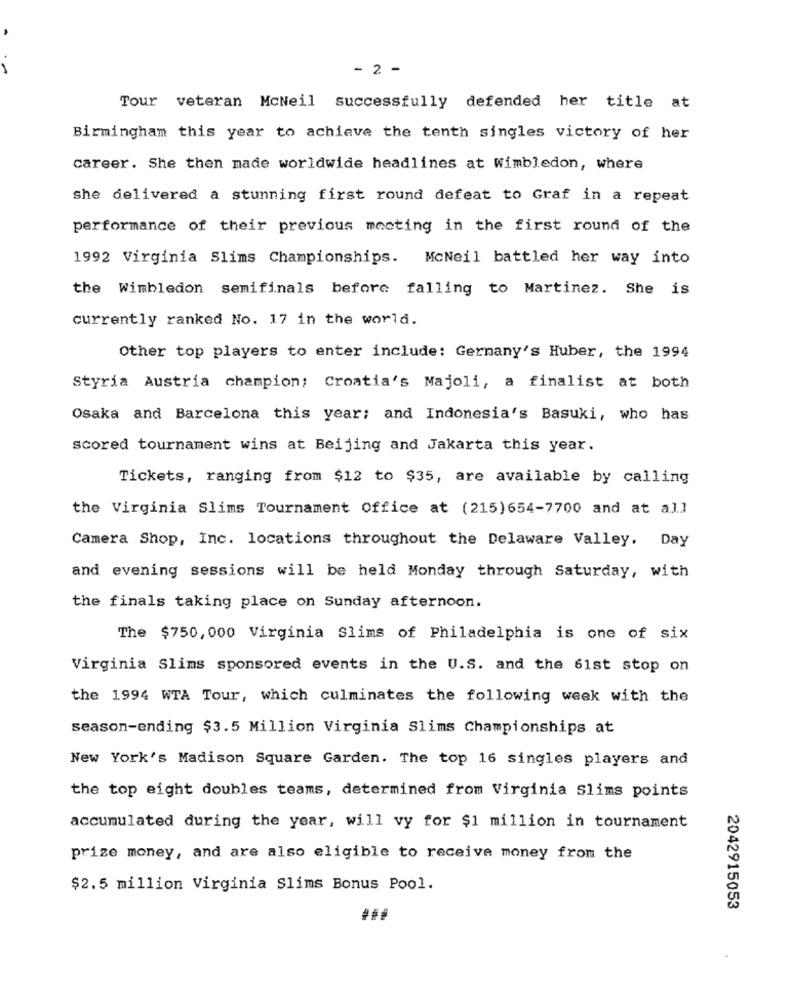
- 2 -
Tour veteran McNeil successfully defended her title at
Birmingham this year to achieve the tenth singles victory of her
career. She then made worldwide headlines at Wimbledon, where
she delivered a stunning first round defeat to Graf in a repeat
performance of their previous meeting in the first round of the
1992 Virginia Slims Championships. McNeil battled her way into
the Wimbledon semifinals before falling to Martinez. She is
currently ranked No. 17 in the world.
Other top players to enter include: Germany's Huber, the 1994
Styria Austria champion: Croatia's Majoli, a finalist at both
Osaka and Barcelona this year; and Indonesia's Basuki, who has
scored tournament wins at Beijing and Jakarta this year.
Tickets, ranging from $12 to $35, are available by calling
the Virginia Slims Tournament Office at (215)654-7700 and at all
Camera Shop, Inc. locations throughout the Delaware Valley. Day
and evening sessions will be held Monday through Saturday, with
the finals taking place on Sunday afternoon.
The $750, 000 Virginia Slims of Philadelphia is one of six
Virginia Slims sponsored events in the U.S. and the 61st stop on
the 1994 WTA Tour, which culminates the following week with the
season-ending $3.5 Million Virginia Slims Championships at
New York's Madison Square Garden. The top 16 singles players and
the top eight doubles teams, determined from Virginia Slims points
accumulated during the year, will vy for $1 million in tournament
prize money, and are also eligible to receive money from the
$2.5 million Virginia Slims Bonus Pool.
2042915053